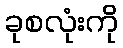
ခုစလုံးကို